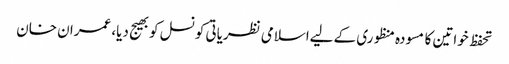
تحفظ خواتین کا مسودہ منظوری کے لیےاسلامی نظریاتی کونسل کوبھیج دیا، عمران خان